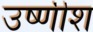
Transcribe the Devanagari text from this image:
उष्णीश